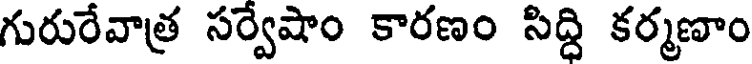
గురురేవాత్ర సర్వేషాం కారణం సిద్ది కర్మణాం